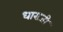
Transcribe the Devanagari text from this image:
धाराजी